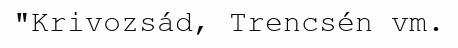
"Krivozsád, Trencsén vm.